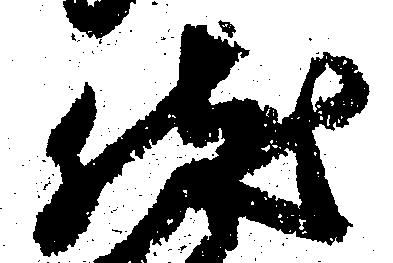
然